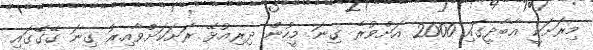
މިރަށަކީ އާބާދީގައި 2000 އަށްވުރެ ގިނަ މީހުން ދިރިއުޅޭ ރަށަކަށްވާއިރު ގިނަ ގޭގޭގައި